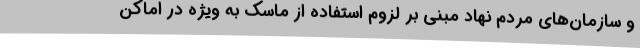
و سازمان‌های مردم نهاد مبنی بر لزوم استفاده از ماسک به ویژه در اماکن